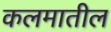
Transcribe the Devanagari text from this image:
कलमातील